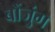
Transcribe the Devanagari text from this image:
बोंजुंग